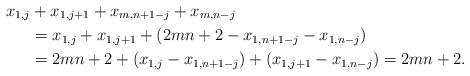
LaTeX: \begin{align*}x_{1,j} &+x_{1,j+1}+x_{m,n+1-j}+x_{m,n-j} \\ &=x_{1,j}+x_{1,j+1}+ ( 2mn+2 - x_{1,n+1-j}-x_{1,n-j} ) \\ &=2mn+2+ ( x_{1,j} -x_{1,n+1-j} ) + (x_{1,j+1} -x_{1,n-j} ) =2mn+2.\end{align*}